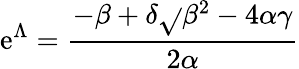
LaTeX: \mathrm{e}^{\Lambda}=\frac{{-\beta+\delta\sqrt{}{{\beta^{2}-4\alpha\gamma}}}}{{2\alpha}}